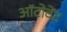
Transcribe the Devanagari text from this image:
ऑटोवेंट